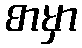
စာမှာ